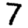
Digit: 7